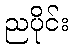
ညပိုင်း